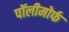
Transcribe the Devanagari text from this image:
पॉलीमोर्फ